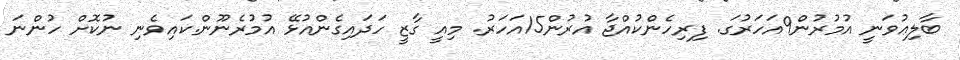
ބާލިޢުވަނީ އުމުރުން9އަހަރުގަ. ފިރިހެންކުއްޖާ އުރުން15އަހަރު. މިއީ ގާޒީ ހަދައިގެންއުޅޭ އުމުރެނޫން.ކައިވެނި ނުކޮށް ހުންނަ